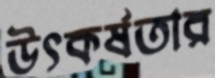
উৎকর্ষতার